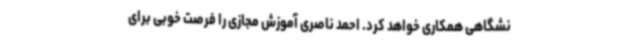
نشگاهی همکاری خواهد کرد. احمد ناصری آموزش مجازی را فرصت خوبی برای